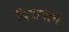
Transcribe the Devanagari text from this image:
दिवानाथ